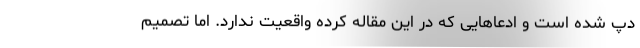
دپ شده است و ادعاهایی که در این مقاله کرده واقعیت ندارد. اما تصمیم